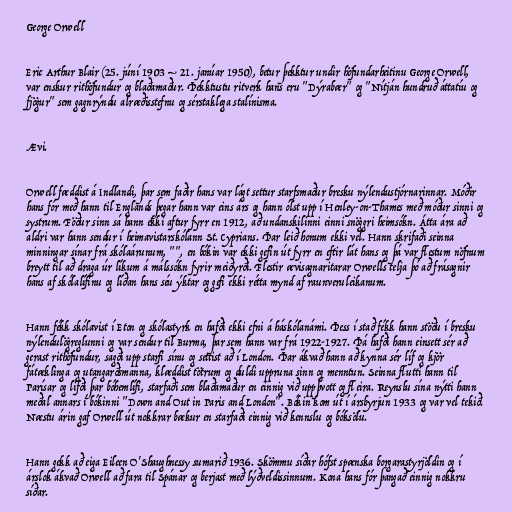
George Orwell

Eric Arthur Blair (25. júní 1903 – 21. janúar 1950), betur þekktur undir höfundarheitinu George Orwell,
var enskur rithöfundur og blaðamaður. Þekktustu ritverk hans eru "Dýrabær" og "Nítján hundruð áttatíu og
fjögur" sem gagnrýndu alræðisstefnu og sérstaklega stalínisma.

Ævi.

Orwell fæddist á Indlandi, þar sem faðir hans var lágt settur starfsmaður bresku nýlendustjórnarinnar. Móðir
hans fór með hann til Englands þegar hann var eins árs og hann ólst upp í Henley-on-Thames með móður sinni og
systrum. Föður sinn sá hann ekki aftur fyrr en 1912, að undanskilinni einni snöggri heimsókn. Átta ára að
aldri var hann sendur í heimavistarskólann St. Cyprians. Þar leið honum ekki vel. Hann skrifaði seinna
minningar sínar frá skólaárunum, "", en bókin var ekki gefin út fyrr en eftir lát hans og þá var flestum nöfnum
breytt til að draga úr líkum á málssókn fyrir meiðyrði. Flestir ævisagnaritarar Orwells telja þó að frásagnir
hans af skólalífinu og líðan hans séu ýktar og gefi ekki rétta mynd af raunveruleikanum.

Hann fékk skólavist í Eton og skólastyrk en hafði ekki efni á háskólanámi. Þess í stað fékk hann stöðu í bresku
nýlendulögreglunni og var sendur til Burma, þar sem hann var frá 1922-1927. Þá hafði hann einsett sér að
gerast rithöfundur, sagði upp starfi sínu og settist að í London. Þar ákvað hann að kynna sér líf og kjör
fátæklinga og utangarðsmanna, klæddist tötrum og duldi uppruna sinn og menntun. Seinna flutti hann til
Parísar og lifði þar bóhemlífi, starfaði sem blaðamaður en einnig við uppþvott og fleira. Reynslu sína nýtti hann
meðal annars í bókinni "Down and Out in Paris and London". Bókin kom út í ársbyrjun 1933 og var vel tekið.
Næstu árin gaf Orwell út nokkrar bækur en starfaði einnig við kennslu og bóksölu.

Hann gekk að eiga Eileen O'Shaughnessy sumarið 1936. Skömmu síðar hófst spænska borgarastyrjöldin og í
árslok ákvað Orwell að fara til Spánar og berjast með lýðveldissinnum. Kona hans fór þangað einnig nokkru
síðar.